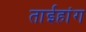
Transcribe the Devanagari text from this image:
ताईहांग